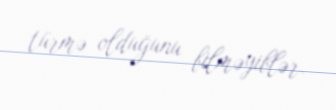
türmə olduğunu bilməyiblər.